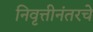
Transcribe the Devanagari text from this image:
निवृत्तीनंतरचे